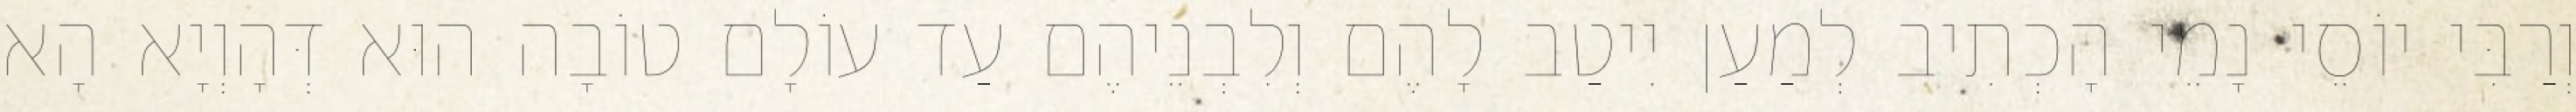
וְרַבִּי יוֹסֵי נָמֵי הָכְתִיב לְמַעַן יִיטַב לָהֶם וְלִבְנֵיהֶם עַד עוֹלָם טוֹבָה הוּא דְּהָוְיָא הָא